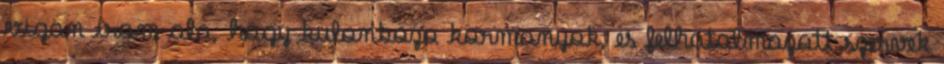
vigan irom ala, hogy kulonbozo kormanyok, es felhatalmazott szervek